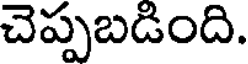
చెప్పబడింది.